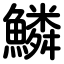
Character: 鱗